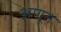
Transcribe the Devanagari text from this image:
अणूत